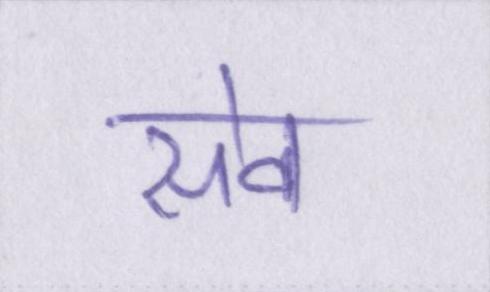
सेव